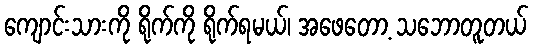
ကျောင်းသားကို ရိုက်ကို ရိုက်ရမယ်၊ အဖေတော့ သဘောတူတယ်